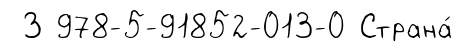
З 978-5-91852-013-0 Страна́